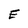
Character: E